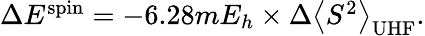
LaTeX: \begin{array}{r}{\Delta E^{\mathrm{spin}}=-6.28mE_{h}\times\Delta\left\langle S^{2}\right\rangle_{\mathrm{UHF}}.}\end{array}